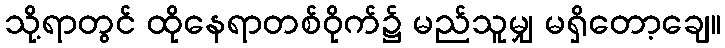
သို့ရာတွင် ထိုနေရာတစ်ဝိုက်၌ မည်သူမျှ မရှိတော့ချေ။